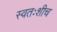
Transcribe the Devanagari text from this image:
स्वतःशीच